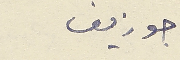
جوزيف